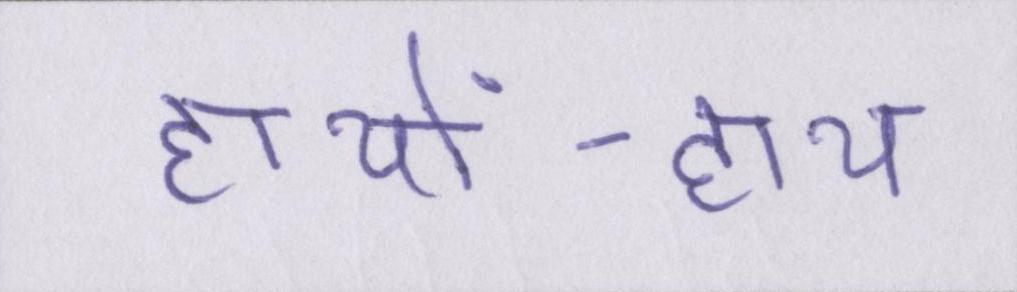
हाथों-हाथ